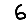
Digit: 6